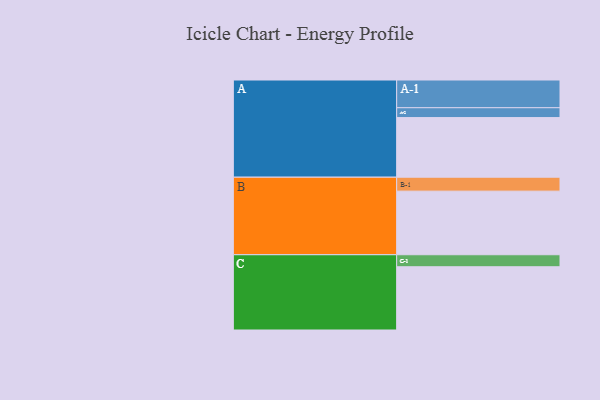
{"axis": {"x": "Segment", "y": "Value"}, "legend": ["", "A", "B", "C"], "data": [{"x": "A", "y": 497, "type": ""}, {"x": "B", "y": 530, "type": ""}, {"x": "C", "y": 527, "type": ""}, {"x": "A-1", "y": 231, "type": "A"}, {"x": "A-2", "y": 82, "type": "A"}, {"x": "B-1", "y": 116, "type": "B"}, {"x": "C-1", "y": 100, "type": "C"}]}